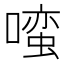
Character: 𱔭